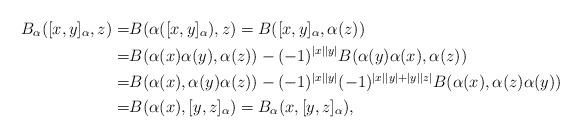
LaTeX: \begin{align*}B_{\alpha}([x,y]_{\alpha},z)=&B(\alpha([x,y]_{\alpha}),z)=B([x,y]_{\alpha},\alpha(z))\\=&B(\alpha(x)\alpha(y),\alpha(z))-(-1)^{|x||y|}B(\alpha(y)\alpha(x),\alpha(z))\\=&B(\alpha(x),\alpha(y)\alpha(z))-(-1)^{|x||y|}(-1)^{|x||y|+|y||z|}B(\alpha(x),\alpha(z)\alpha(y))\\=&B(\alpha(x),[y,z]_{\alpha})=B_{\alpha}(x,[y,z]_{\alpha}),\end{align*}